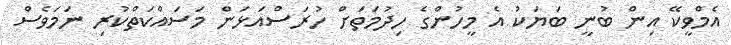
އެމްވީކޭ އިން ބުނީ ބަޔަކު އެ މީހުންގެ ހިދުމަތަށް ހުރަސްއަޅަން މަސައްކަތްކުރި ނަމަވެސް